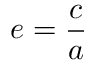
e = { \frac { c } { a } }